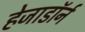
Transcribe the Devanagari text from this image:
हेजाडॉर्न